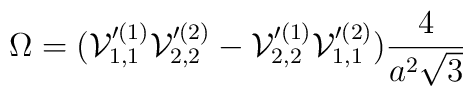
\Omega = ({\cal V}_{1,1}'^{(1)} {\cal V}_{2,2}'^{(2)}-{\cal V}_{2,2}'^{(1)} {\cal V}_{1,1}'^{(2)})\frac{4}{a^2 \sqrt{3}}